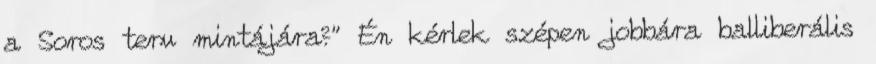
a Soros terv mintájára?" Én kérlek szépen jobbára balliberális